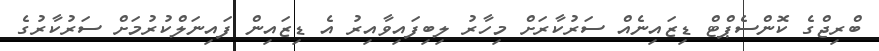
ބްރިޖްގެ ކޮންސެޕްޓް ޑިޒައިނެއް ސަރުކާރަށް މިހާރު ލިބިފައިވާއިރު އެ ޑިޒައިން ފައިނަލްކުރުމަށް ސަރުކާރުގެ